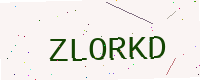
Text: ZLORKD